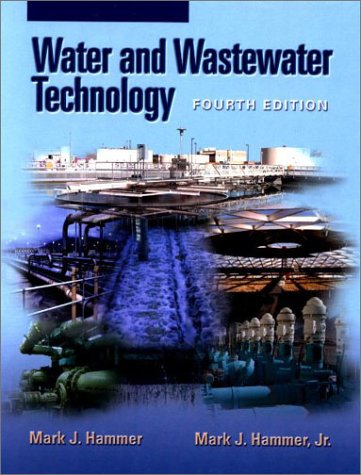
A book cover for Water and Wastewater Technology (4th Edition); Mark J. Hammer; Science & Math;